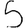
Digit: 5